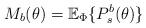
LaTeX: \begin{align*} M_b(\theta)=\mathbb{E}_{\Phi}\{P_s^b(\theta)\}\end{align*}